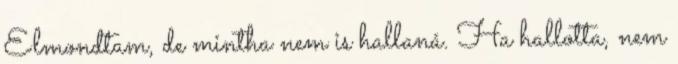
Elmondtam, de mintha nem is hallaná. Ha hallotta, nem